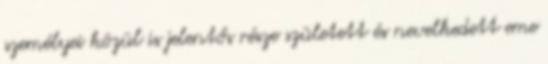
személyei közül is jelentős része született és nevelkedett eme